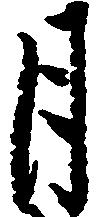
月